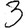
Digit: 3